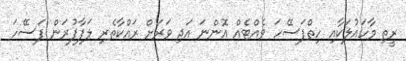
ރީތި މާހައުލަކާއި ހިތްފަސޭހަ ވެއްޓެއް އޮންނަ އަދި ވަރަށް ރައްކާތެރި ލަފާފުރަން ފަސޭހަ